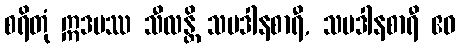
စရိတုံ ဣဒမဿ သီလန္တိ သပဒါနစာရီ, သပဒါနစာရီ ဧဝ